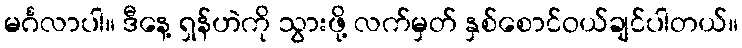
မင်္ဂလာပါ။ ဒီနေ့ ရှန်ဟဲကို သွားဖို့ လက်မှတ် နှစ်စောင်ဝယ်ချင်ပါတယ်။